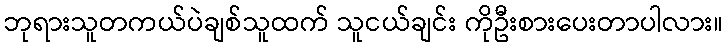
ဘုရားသူတကယ်ပဲချစ်သူထက် သူငယ်ချင်း ကိုဦးစားပေးတာပါလား။